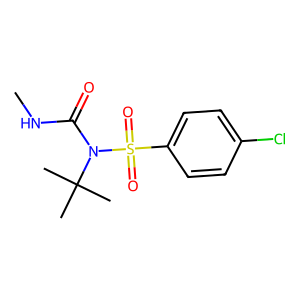
SMILES: CNC(=O)N(C(C)(C)C)S(=O)(=O)c1ccc(Cl)cc1
Inhibits HIV replication: No